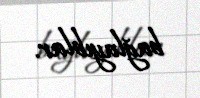
bağlayıblar.